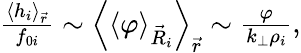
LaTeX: \begin{array}{r}{\frac{\left<h_{i}\right>_{\vec{r}}}{f_{0i}}\sim\left<\left<\varphi\right>_{\vec{R}_{i}}\right>_{\vec{r}}\sim\frac{\varphi}{k_{\perp}\rho_{i}},}\end{array}